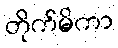
တိုက်မိကာ